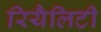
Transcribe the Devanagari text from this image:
रियैलिटी